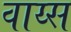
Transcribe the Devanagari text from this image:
वाय्स